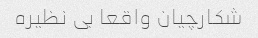
شکارچیان واقعا بی نظیره